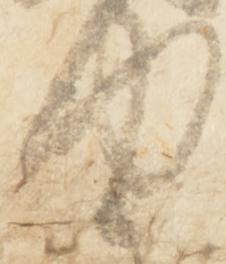
助